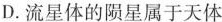
D.流星体的陨星属于天体